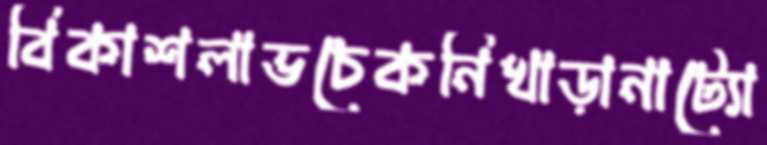
বিকাশলাভচেকনিখাড়ানাট্যো